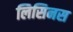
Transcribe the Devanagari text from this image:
लिसिनस